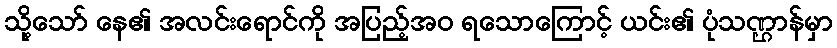
သို့သော် နေ၏ အလင်းရောင်ကို အပြည့်အဝ ရသောကြောင့် ယင်း၏ ပုံသဏ္ဌာန်မှာ